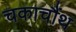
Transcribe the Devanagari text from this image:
चकाचौंथ